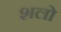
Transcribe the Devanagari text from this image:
शलो